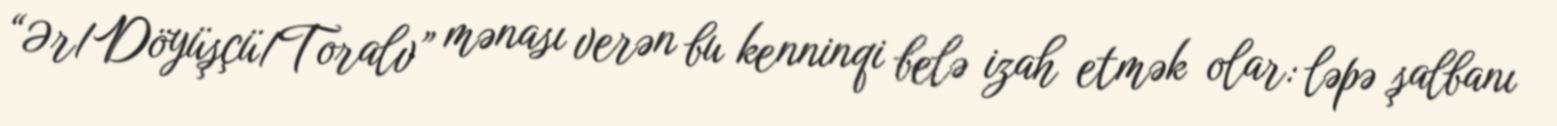
“Ər/Döyüşçü/Toralv” mənası verən bu kenninqi belə izah etmək olar: ləpə şalbanı